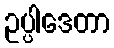
ဥပ္ပါဒေတာ